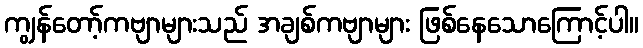
ကျွန်တော့်ကဗျာများသည် အချစ်ကဗျာများ ဖြစ်နေသောကြောင့်ပါ။